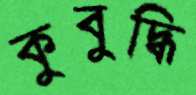
কুবুদ্ধি